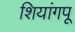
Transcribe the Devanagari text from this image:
शियांगपू